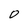
Character: O